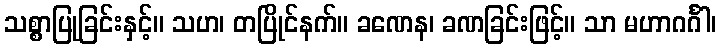
သစ္စာပြုခြင်းနှင့်။ သဟ၊ တပြိုင်နက်။ ခဏေန၊ ခဏခြင်းဖြင့်။ သာ မဟာဂင်္ဂါ၊